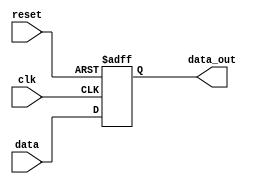
module timing_control_and_sync(
    input wire clk,
    input wire reset,
    input wire [7:0] data,
    output reg [7:0] data_out
);

reg [7:0] data_reg;

always @(posedge clk or posedge reset) begin
    if (reset) begin
        data_reg <= 8'b0;
    end else begin
        data_reg <= data;
    end
end

assign data_out = data_reg;

endmodule